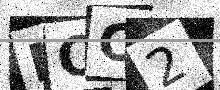
Text: NOC2